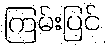
ကြမ်းပြင်